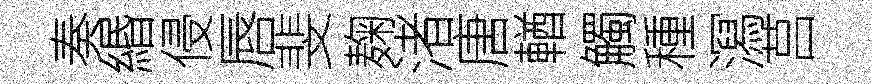
奏緡侵唇斐麹渚唐輶觸種㵼莒